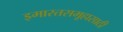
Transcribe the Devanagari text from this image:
इमारतसमूहासाठी